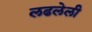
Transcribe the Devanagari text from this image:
लढलेली